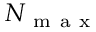
N _ { \mathrm { ~ m ~ a ~ x ~ } }